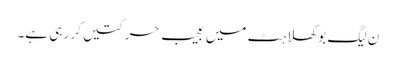
ن لیگ بوکھلاہٹ میں عجیب حرکتیں کر رہی ہے۔